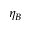
\eta _ { B }